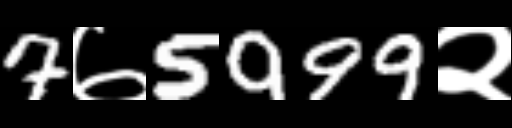
Text: 7७5999२